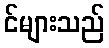
င်များသည်